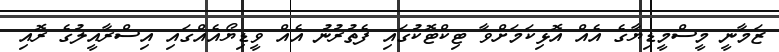
ޒަމާނީ މީސްމީޑިޔާގެ އެއް އޮޅިކަމަށްވާ ޓިކްޓޮކުގައި ފެތުރުނު އެއް ވީޑިޔޯއެއްގައި އިސްރާއީލުގެ ރޮއި